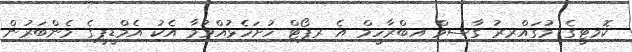
ކޮމިޓީގެ މުގައްރިރު ގާސިމް އިބްރާހީމް އެ ރިޕޯޓް ހުށަހެޅުއްވުމާ އެކު އެމްޑީޕީގެ މެންބަރުން